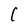
Character: C